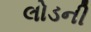
લોડની